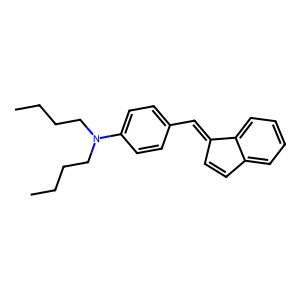
SMILES: CCCCN(CCCC)c1ccc(C=C2C=Cc3ccccc32)cc1
Inhibits HIV replication: No